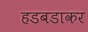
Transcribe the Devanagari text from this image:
हडबडाकर